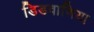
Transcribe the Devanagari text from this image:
डिडवाणिया